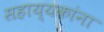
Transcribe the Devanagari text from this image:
सहाय्यकांना